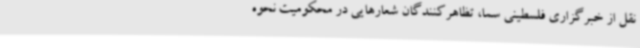
نقل از خبرگزاری فلسطینی سما، تظاهرکنندگان شعارهایی در محکومیت نحوه